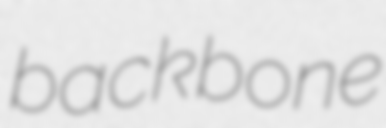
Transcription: backbone